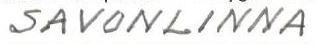
SAVONLINNA